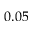
0 . 0 5